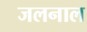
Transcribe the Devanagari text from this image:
जलनाल